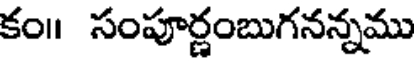
కం॥ సంపూర్ణంబుగనన్నము